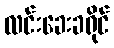
လင်းခေးခရိုင်